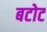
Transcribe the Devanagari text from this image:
बटोट